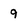
Character: 9